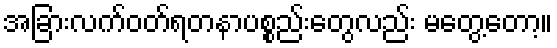
အခြားလက်ဝတ်ရတနာပစ္စည်းတွေလည်း မတွေ့တော့။